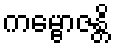
ကမ္ဗောဇန္တိ